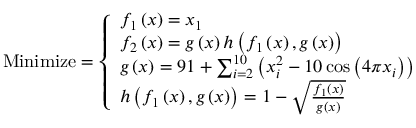
{ \mathrm { M i n i m i z e } } = { \left\{ \begin{array} { l l } { f _ { 1 } \left( { \boldsymbol { x } } \right) = x _ { 1 } } \\ { f _ { 2 } \left( { \boldsymbol { x } } \right) = g \left( { \boldsymbol { x } } \right) h \left( f _ { 1 } \left( { \boldsymbol { x } } \right) , g \left( { \boldsymbol { x } } \right) \right) } \\ { g \left( { \boldsymbol { x } } \right) = 9 1 + \sum _ { i = 2 } ^ { 1 0 } \left( x _ { i } ^ { 2 } - 1 0 \cos \left( 4 \pi x _ { i } \right) \right) } \\ { h \left( f _ { 1 } \left( { \boldsymbol { x } } \right) , g \left( { \boldsymbol { x } } \right) \right) = 1 - { \sqrt { \frac { f _ { 1 } \left( { \boldsymbol { x } } \right) } { g \left( { \boldsymbol { x } } \right) } } } } \end{array} \right. }